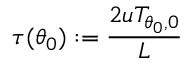
\tau ( \theta _ { 0 } ) : = \frac { 2 u T _ { \theta _ { 0 } , 0 } } { L }